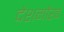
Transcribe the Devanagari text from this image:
देशगौरव